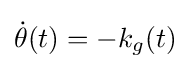
{\dot {\theta }}(t)=-k_{g}(t)